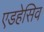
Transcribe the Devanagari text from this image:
एडहेसिव